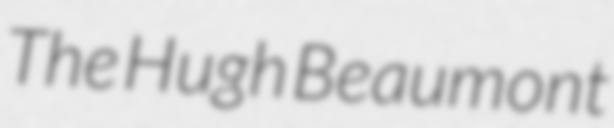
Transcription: The Hugh Beaumont